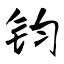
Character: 钧